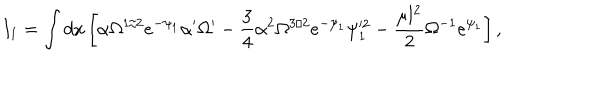
LaTeX: I _ { 1 } = \int d x \left[ \alpha \Omega ^ { 1 / 2 } e ^ { - \psi _ { 1 } } \alpha ^ { \prime } \Omega ^ { \prime } - \frac { 3 } { 4 } \alpha ^ { 2 } \Omega ^ { 3 / 2 } e ^ { - \psi _ { 1 } } \psi _ { 1 } ^ { \prime 2 } - \frac { \mu l ^ { 2 } } { 2 } \Omega ^ { - 1 } e ^ { \psi _ { 1 } } \right] ,